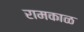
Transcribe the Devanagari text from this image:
रामकाळ